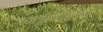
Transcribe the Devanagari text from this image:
वज्रकुलोत्पन्न